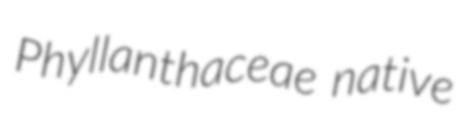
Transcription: Phyllanthaceae native